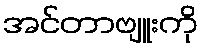
အင်တာဗျူးကို